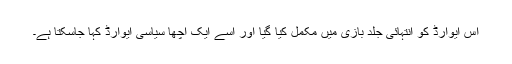
اس ایوارڈ کو انتہائی جلد بازی میں مکمل کیا گیا اور اسے ایک اچھا سیاسی ایوارڈ کہا جاسکتا ہے۔